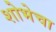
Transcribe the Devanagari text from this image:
शोभेचा